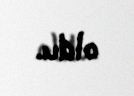
oldu.